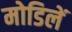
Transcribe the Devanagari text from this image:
मोडिलें